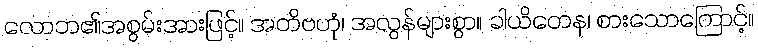
လောဘ၏အစွမ်းအားဖြင့်။ အတိဗဟုံ၊ အလွန်များစွာ။ ခါယိတေန၊ စားသောကြောင့်။